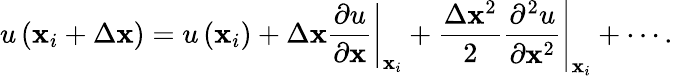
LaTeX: u\left(\mathbf{x}_{i}+\Delta\mathbf{x}\right)=u\left(\mathbf{x}_{i}\right)+\left.\Delta\mathbf{x}\frac{\partial u}{\partial\mathbf{x}}\right|_{\mathbf{x}_{i}}+\left.\frac{\Delta\mathbf{x}^{2}}{2}\frac{\partial^{2}u}{\partial\mathbf{x}^{2}}\right|_{\mathbf{x}_{i}}+\cdots.